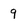
Character: 9